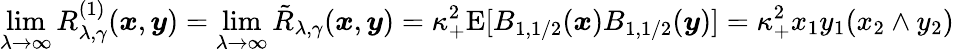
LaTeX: \operatorname*{lim}_{\lambda\to\infty}R_{\lambda,\gamma}^{(1)}(\boldsymbol{x},\boldsymbol{y})=\operatorname*{lim}_{\lambda\to\infty}\tilde{R}_{\lambda,\gamma}(\boldsymbol{x},\boldsymbol{y})=\kappa_{+}^{2}\mathrm E[B_{1,1/2}(\boldsymbol{x})B_{1,1/2}(\boldsymbol{y})]=\kappa_{+}^{2}x_{1}y_{1}(x_{2}\wedge y_{2})